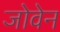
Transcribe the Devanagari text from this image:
जोवेन